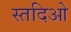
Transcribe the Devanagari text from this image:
स्तदिओ